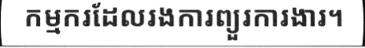
កម្មករដែលរងការព្យួរការងារ។